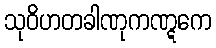
သုဝိဟတခါဏုကဏ္ဋကေ